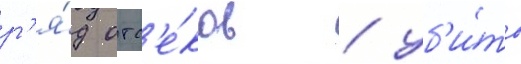
р'я́д отс'е́ков / уб'и́то